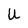
Character: U